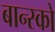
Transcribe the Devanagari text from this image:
बान्स्को